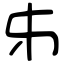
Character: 𠂔